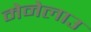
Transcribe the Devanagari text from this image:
मेनेलाउ